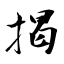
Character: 掲